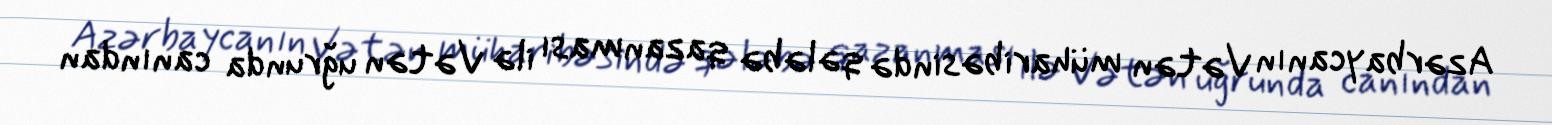
Azərbaycanın Vətən müharibəsində qələbə qazanması ilə Vətən uğrunda canından